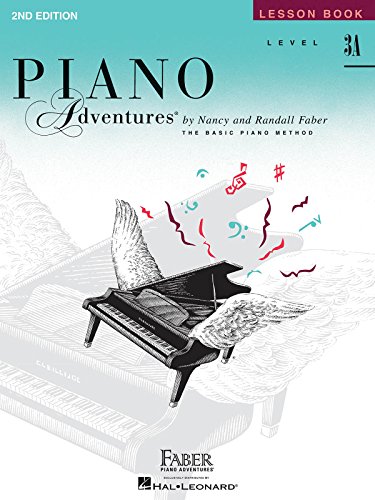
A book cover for Level 3A - Lesson Book: Piano Adventures; Humor & Entertainment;